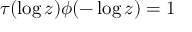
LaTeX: \tau ( \log z ) \phi ( - \log z ) = 1